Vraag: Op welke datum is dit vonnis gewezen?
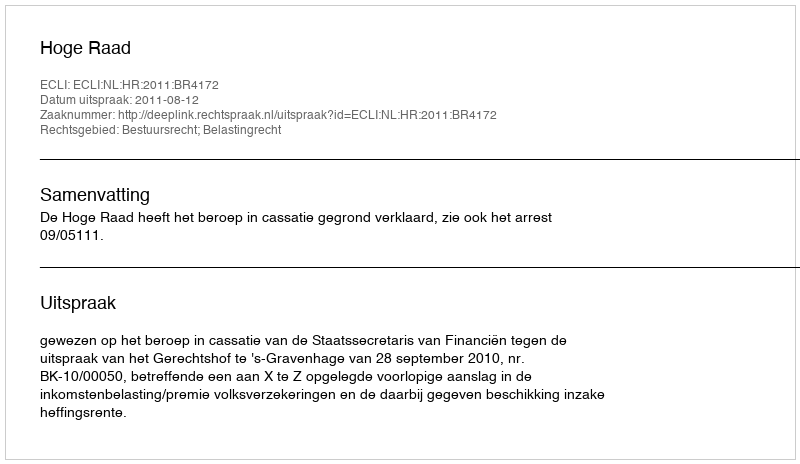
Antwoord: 2011-08-12